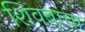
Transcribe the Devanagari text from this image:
शिवबांचा